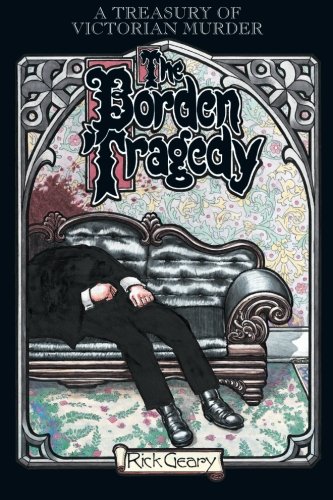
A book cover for The Borden Tragedy: A Memoir of the Infamous Double Murder at Fall River, Mass., 1892 (A Treasury of Victorian Murder); Rick Geary; Humor & Entertainment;